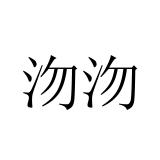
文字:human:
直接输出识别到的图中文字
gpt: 沕沕